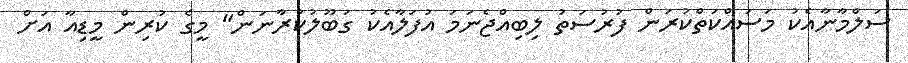
ސަލްމާނާއެކު މަސައްކަތްކުރަން ފުރުސަތު ލިބިއްޖެނަމަ އުފަލާއެކު ގަބޫލުކުރާނަން" މީގެ ކުރިން މީޑިއާ އަށް